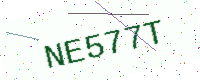
Text: NE577T